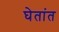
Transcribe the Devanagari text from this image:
घेतांत